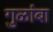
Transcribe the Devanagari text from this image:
गुळांबा